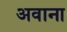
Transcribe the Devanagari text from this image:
अवाना